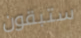
ستبقون